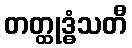
တတ္ထုဒ္ဓံသတီ